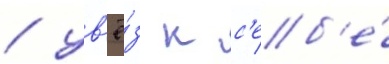
/ ув'ё́з к с'еб'е́